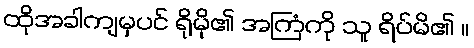
ထိုအခါကျမှပင် ရိုမို၏ အကြံကို သူ ရိပ်မိ၏ ။